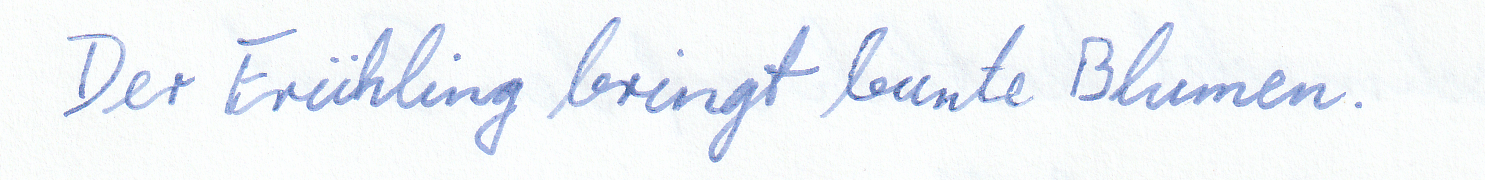
Der Frühling bringt bunte Blumen.